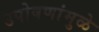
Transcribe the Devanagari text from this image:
उपोषणांमुळे